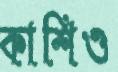
কাশিও